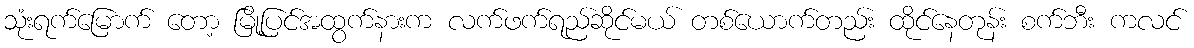
သုံးရက်မြောက် တော့ မြို့ပြင်အထွက်နားက လက်ဖက်ရည်ဆိုင်မယ် တစ်ယောက်တည်း ထိုင်နေတုန်း စက်ဘီး ကလင်